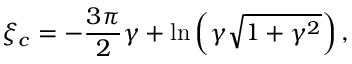
\xi _ { c } = - \frac { 3 \pi } { 2 } \gamma + \ln \left( \gamma \sqrt { 1 + \gamma ^ { 2 } } \right) ,